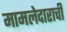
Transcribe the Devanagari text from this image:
मामलेदाराची